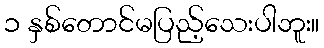
၁ နှစ်တောင်မပြည့်သေးပါဘူး။